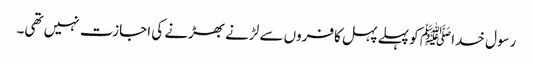
رسول خدا ﷺ کو پہلے پہل کافروں سے لڑنے بھڑنے کی اجازت نہیں تھی۔